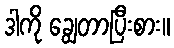
ဒါကို ချွေတာပြီးစား။